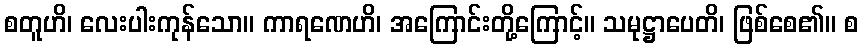
စတူဟိ၊ လေးပါးကုန်သော။ ကာရဏေဟိ၊ အကြောင်းတို့ကြောင့်။ သမုဋ္ဌာပေတိ၊ ဖြစ်စေ၏။ စ